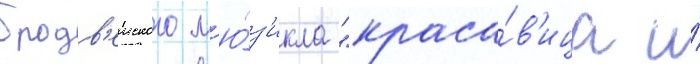
бродв'еиского м'ю́з'икла "краса́в'ица и́